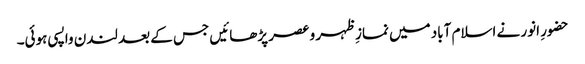
حضورِ انور نے اسلام آباد میں نمازِ ظہر و عصر پڑھائیں جس کے بعد لندن واپسی ہوئی۔